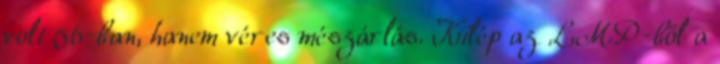
volt 56-ban, hanem véres mészárlás. Kilép az LMP-ből a